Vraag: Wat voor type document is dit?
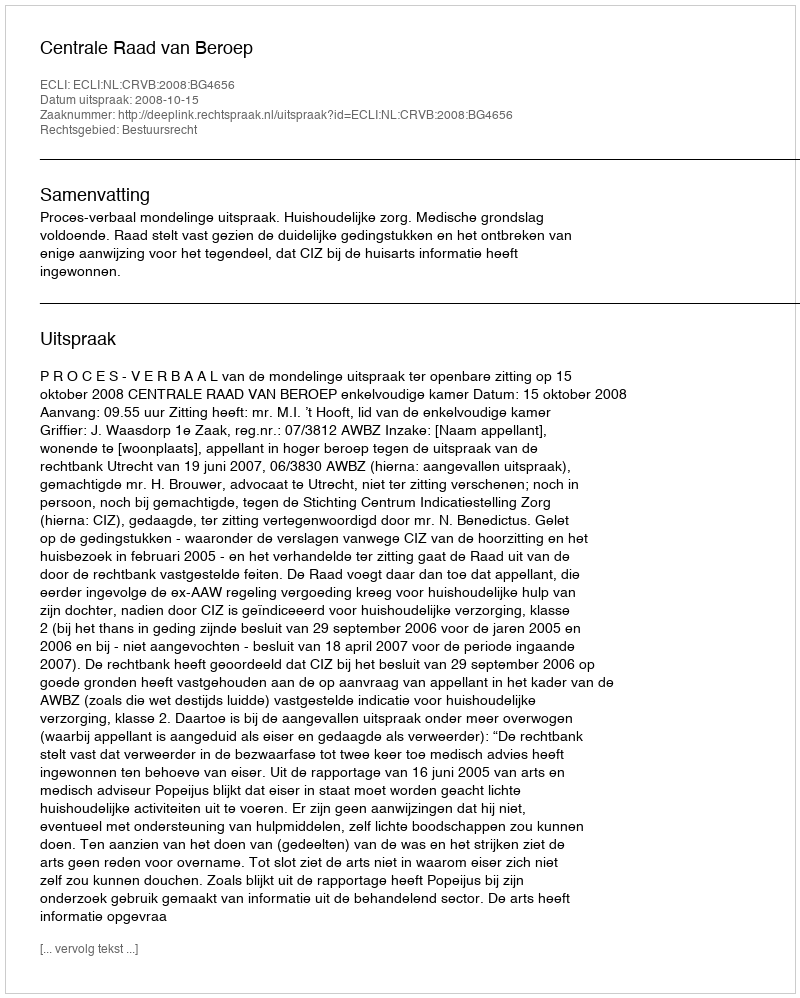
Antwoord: Uitspraak